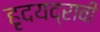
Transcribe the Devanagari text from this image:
हृदयद्रावी